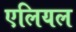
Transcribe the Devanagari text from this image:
एलियल